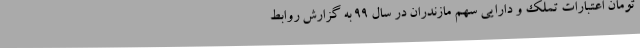
تومان اعتبارات تملک و دارایی سهم مازندران در سال 99 به گزارش روابط